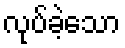
လုပ်ခဲ့သော